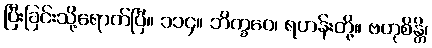
ပြီးခြင်းသို့ရောက်ပြီ။ ၁၁၄။ ဘိက္ခဝေ၊ ရဟန်းတို့။ ဗဟုစိန္တိ၊